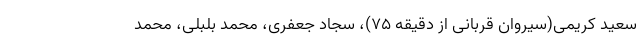
سعید کریمی(سیروان قربانی از دقیقه ۷۵)، سجاد جعفری، محمد بلبلی، محمد